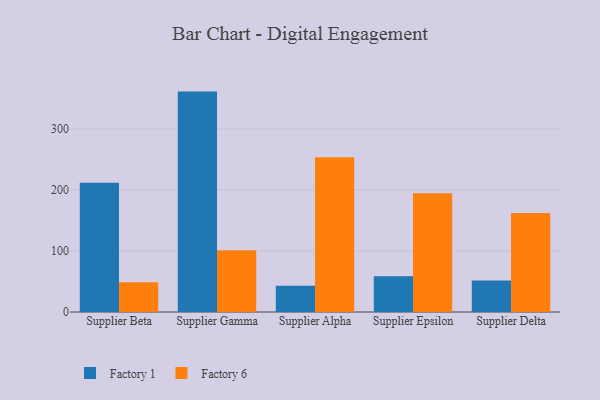
{"axis": {"x": "Supplier", "y": "Inventory Turnover"}, "legend": ["Factory 1", "Factory 6"], "data": [{"x": "Supplier Beta", "y": 212.0, "type": "Factory 1"}, {"x": "Supplier Beta", "y": 49.0, "type": "Factory 6"}, {"x": "Supplier Gamma", "y": 361.6, "type": "Factory 1"}, {"x": "Supplier Gamma", "y": 101.5, "type": "Factory 6"}, {"x": "Supplier Alpha", "y": 43.2, "type": "Factory 1"}, {"x": "Supplier Alpha", "y": 254.0, "type": "Factory 6"}, {"x": "Supplier Epsilon", "y": 58.8, "type": "Factory 1"}, {"x": "Supplier Epsilon", "y": 194.8, "type": "Factory 6"}, {"x": "Supplier Delta", "y": 51.5, "type": "Factory 1"}, {"x": "Supplier Delta", "y": 162.5, "type": "Factory 6"}]}